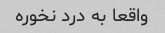
واقعا به درد نخوره